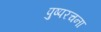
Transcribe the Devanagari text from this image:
पुष्परचना